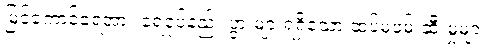
မြင်ကောင်ရေအား ရေငုပ်နည်း ပွားများရရှိသော ထပ်မံဖမ်းဆီးမှုများ